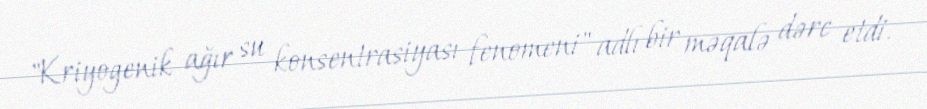
"Kriyogenik ağır su konsentrasiyası fenomeni" adlı bir məqalə dərc etdi.